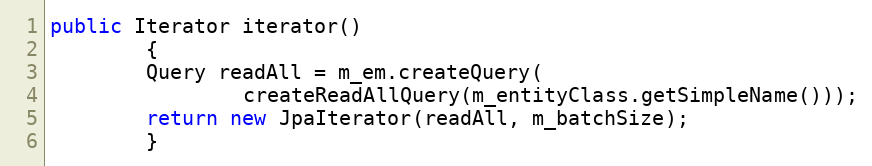
Language: Java
public Iterator iterator()
        {
        Query readAll = m_em.createQuery(
                createReadAllQuery(m_entityClass.getSimpleName()));
        return new JpaIterator(readAll, m_batchSize);
        }